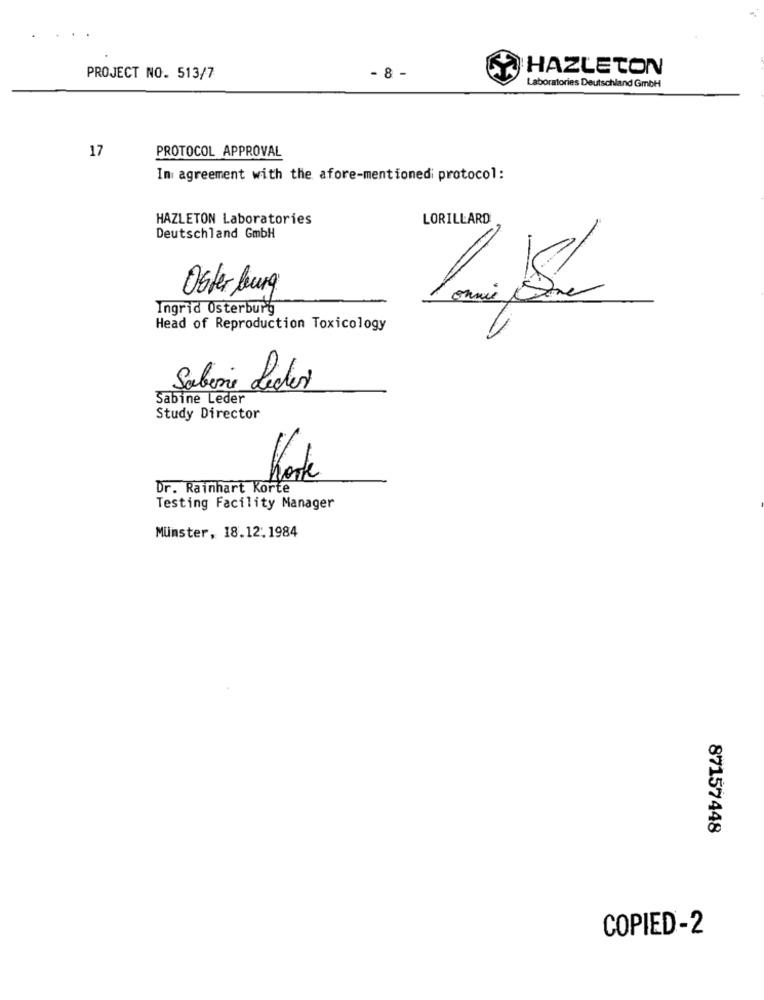
HAZLETON
PROJECT NO. 513/7
- 8 -
Laboratories Deutschland GmbH
17
PROTOCOL APPROVAL
In agreement with the afore-mentionedi protocol:
HAZLETON Laboratories
LORILLARD
Deutschland GmbH
Oster burg
Ingrid Osterburg
Head of Reproduction Toxicology
Sabine Leder
Sabine Leder
Study Director
Dr. Rainhart Korte
Testing Facility Manager
Münster, 18.12.1984
87157448
COPIED-2